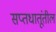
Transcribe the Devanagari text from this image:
सप्तधातूंतील